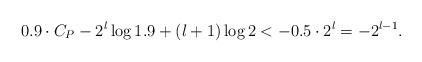
LaTeX: \begin{align*}0.9\cdot C_{P}-2^{l}\log 1.9+(l+1)\log 2<-0.5\cdot 2^{l}=-2^{l-1}.\end{align*}